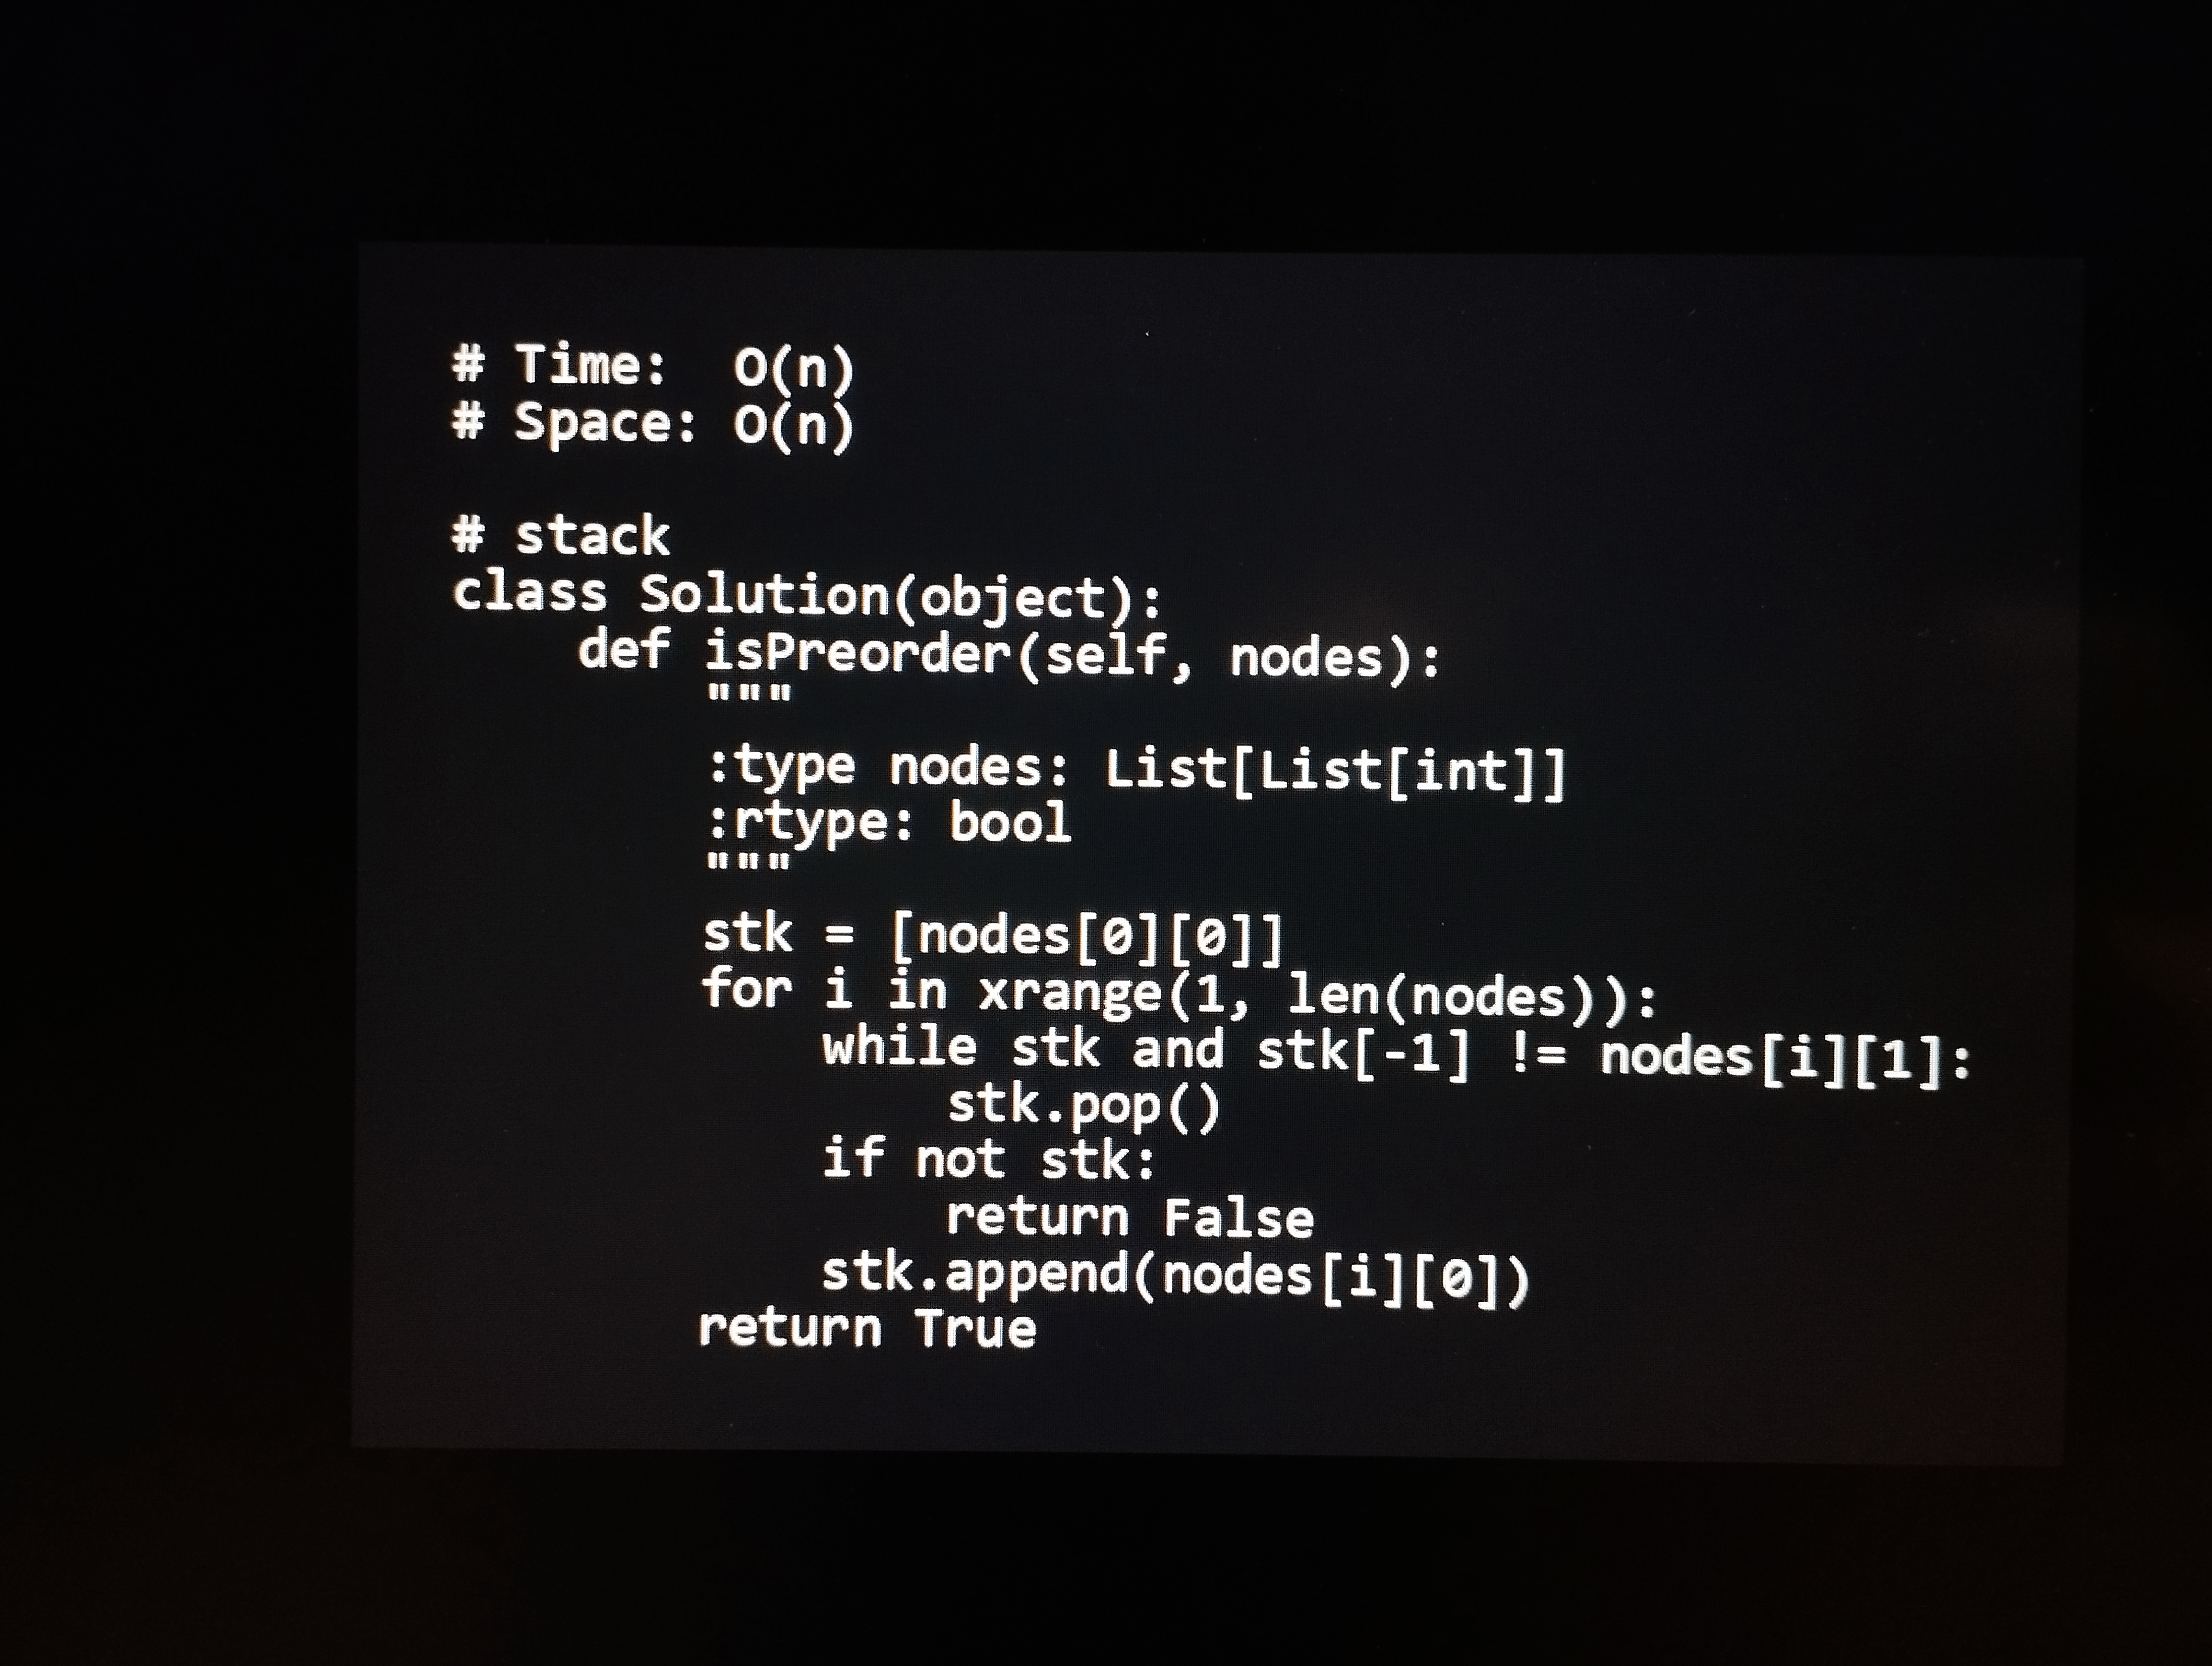
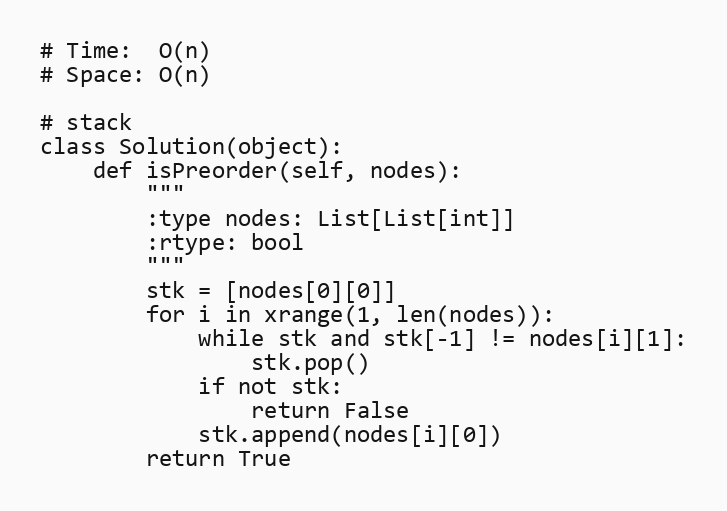
# Time:  O(n)
# Space: O(n)

# stack
class Solution(object):
    def isPreorder(self, nodes):
        """
        :type nodes: List[List[int]]
        :rtype: bool
        """
        stk = [nodes[0][0]]
        for i in xrange(1, len(nodes)):
            while stk and stk[-1] != nodes[i][1]:
                stk.pop()
            if not stk:
                return False
            stk.append(nodes[i][0])
        return True